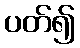
ပတ်၍